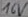
Text: 16V